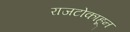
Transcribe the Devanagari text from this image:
राजटोकाहून